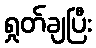
ရှုတ်ချပြီး